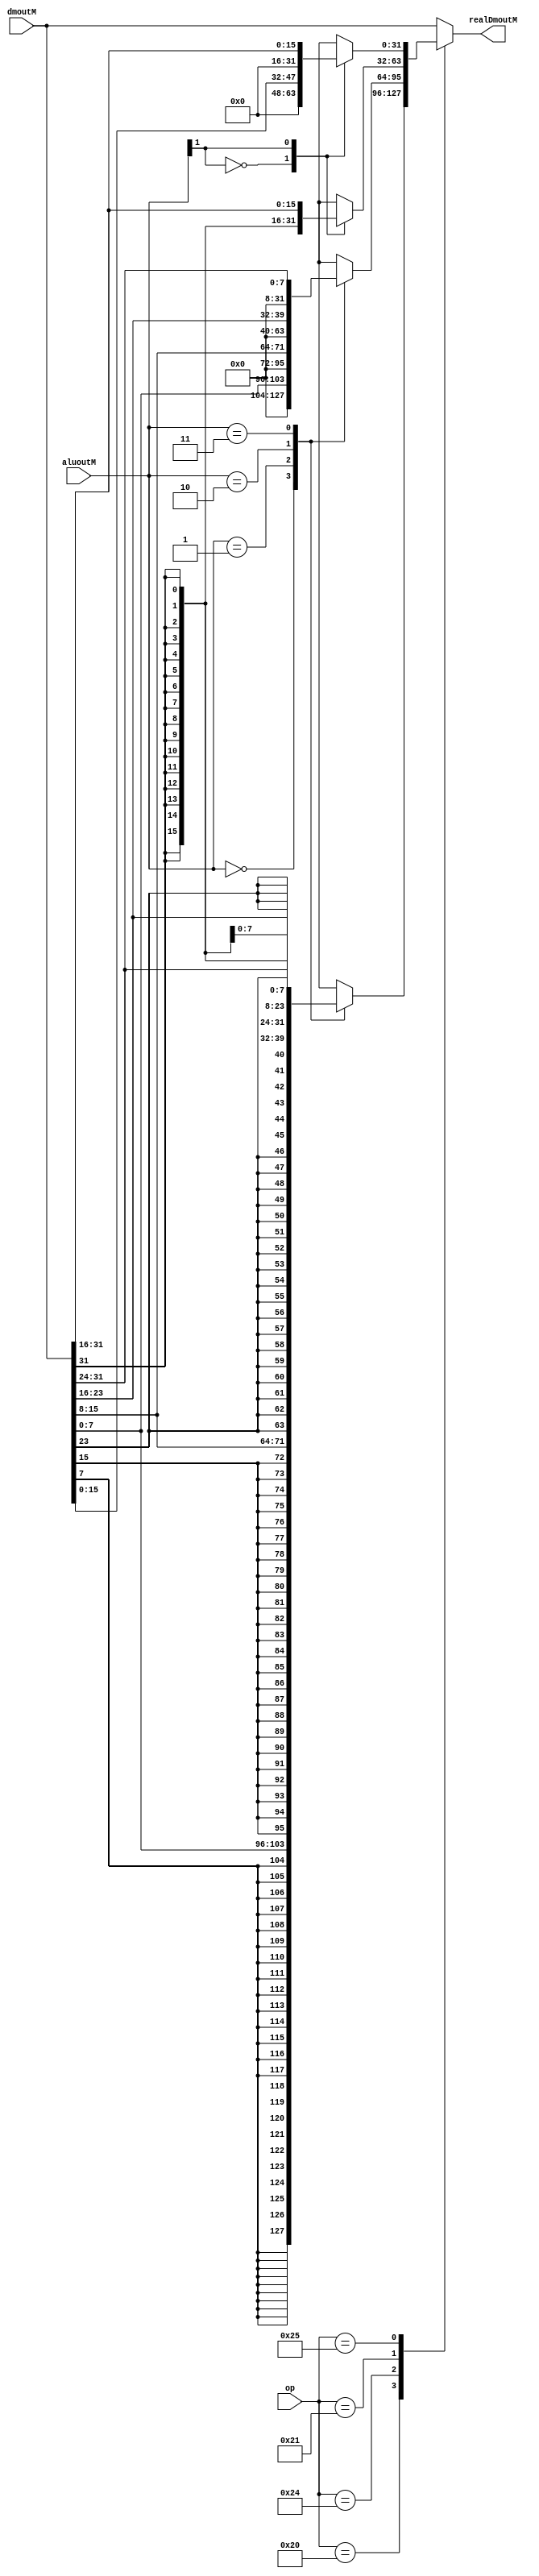
module Loadext(
    input [31:0] dmoutM,
    input [31:26] op,
    input [1:0] aluoutM,
    output reg [31:0] realDmoutM
    );
	 always@(*) begin
	 case(op)
	 6'b100000 : case(aluoutM)//LB
						2'b00 : realDmoutM = {{24{dmoutM[7]}} ,dmoutM[7:0]};
						2'b01 : realDmoutM = {{24{dmoutM[15]}},dmoutM[15:8]};
						2'b10 : realDmoutM = {{24{dmoutM[23]}},dmoutM[23:16]};
						2'b11 : realDmoutM = {{24{dmoutM[31]}},dmoutM[31:24]};
					 endcase
	 6'b100100 : case(aluoutM)//LBU
						2'b00 : realDmoutM = {{24'b0},dmoutM[7:0]};
						2'b01 : realDmoutM = {{24'b0},dmoutM[15:8]};
						2'b10 : realDmoutM = {{24'b0},dmoutM[23:16]};
						2'b11 : realDmoutM = {24'b0,dmoutM[31:24]};
					 endcase
	 6'b100001 : case(aluoutM[1])//LH
	               1'b0 : realDmoutM = {{24{dmoutM[15]}},dmoutM[15:0]};
						1'b1 : realDmoutM = {{24{dmoutM[31]}},dmoutM[31:16]};
					 endcase
	 6'b100101 : case(aluoutM[1])//LHU
	               1'b0 : realDmoutM = {24'b0,dmoutM[15:0]};
						1'b1 : realDmoutM = {24'b0,dmoutM[31:16]};
					 endcase
	 default :  realDmoutM = dmoutM;
	 endcase
	 end
endmodule